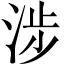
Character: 涉